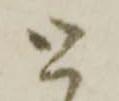
と